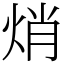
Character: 焇